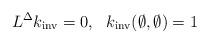
LaTeX: \begin{align*} L^{\Delta}k_{\mathrm{inv}} = 0, \ \ k_{\mathrm{inv}}(\emptyset,\emptyset) = 1 \end{align*}